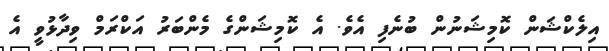
އިލެކްޝަން ކޮމިޝަނުން ބުނެފި އެވެ. އެ ކޮމިޝަންގެ މެންބަރު އަކްރަމް ވިދާޅުވީ އެ